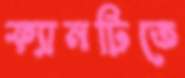
ফ্যানটিতে